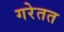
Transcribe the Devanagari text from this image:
गरेतत